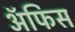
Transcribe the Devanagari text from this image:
ॲफिस